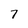
Character: 7